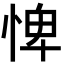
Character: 𢛞